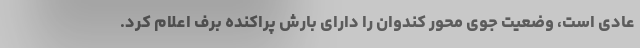
عادی است، وضعیت جوی محور کندوان را دارای بارش پراکنده برف اعلام کرد.